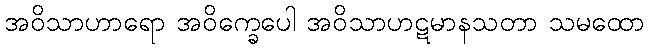
အဝိသာဟာရော အဝိက္ခေပေါ အဝိသာဟဋမာနသတာ သမထော